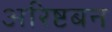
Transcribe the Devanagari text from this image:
अरिष्टबन